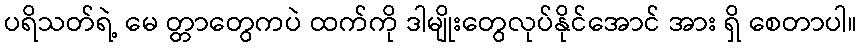
ပရိသတ်ရဲ့ မေ တ္တာတွေကပဲ ထက်ကို ဒါမျိုးတွေလုပ်နိုင်အောင် အား ရှိ စေတာပါ။